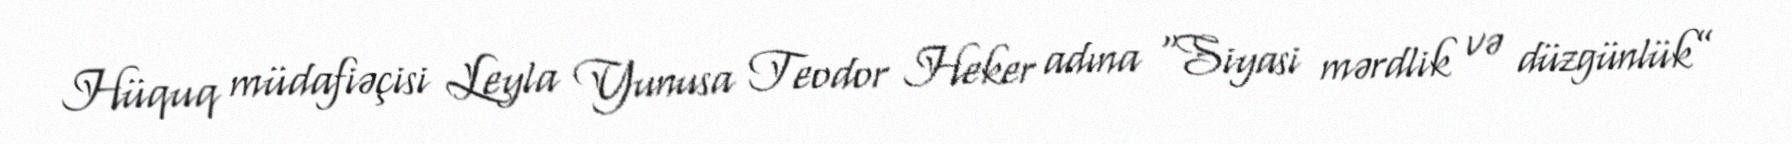
Hüquq müdafiəçisi Leyla Yunusa Teodor Heker adına “Siyasi mərdlik və düzgünlük”